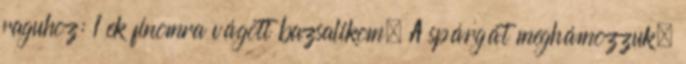
raguhoz: 1 ek finomra vágott bazsalikom. A spárgát meghámozzuk,